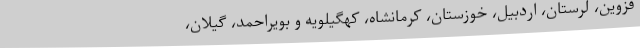
قزوین، لرستان، اردبیل، خوزستان، کرمانشاه، کهگیلویه و بویراحمد، گیلان،